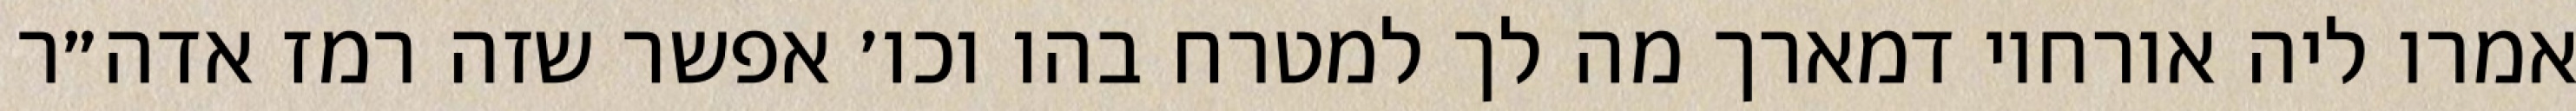
אמרו ליה אורחוי דמארך מה לך למטרח בהו וכו׳ אפשר שזה רמז אדה״ר